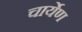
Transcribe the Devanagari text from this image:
चार्येण